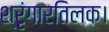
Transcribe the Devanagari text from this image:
श्रृंगारतिलक।